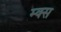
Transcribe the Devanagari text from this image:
म्क्स